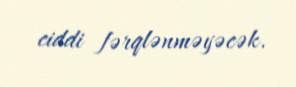
ciddi fərqlənməyəcək.